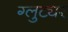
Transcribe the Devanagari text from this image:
ग्लुट्यर